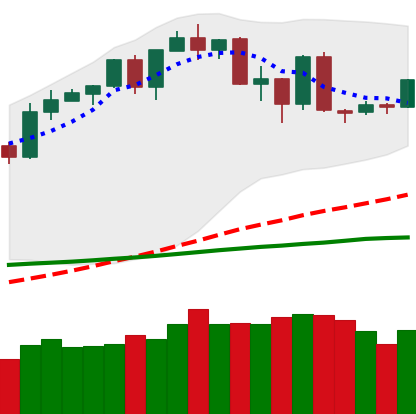
Ticker: BTC-USD
Chart end date: 2020-02-23
Forward return: -12.616%
Label: down_7plus